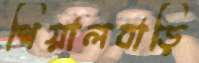
শিয়ালবাড়ি